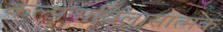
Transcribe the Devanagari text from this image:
कल्पनाविलासात्मक